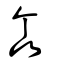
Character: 𠁭